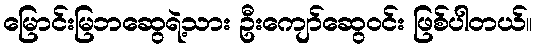
မြောင်းမြဘဆွေရဲ့သား ဦးကျော်ဆွေဝင်း ဖြစ်ပါတယ်။